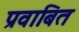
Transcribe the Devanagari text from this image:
प्रवाबित